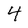
Character: 4